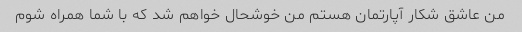
من عاشق شکار آپارتمان هستم من خوشحال خواهم شد که با شما همراه شوم